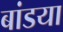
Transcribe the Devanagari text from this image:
बांडया